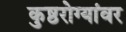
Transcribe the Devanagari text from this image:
कुष्ठरोग्यांवर